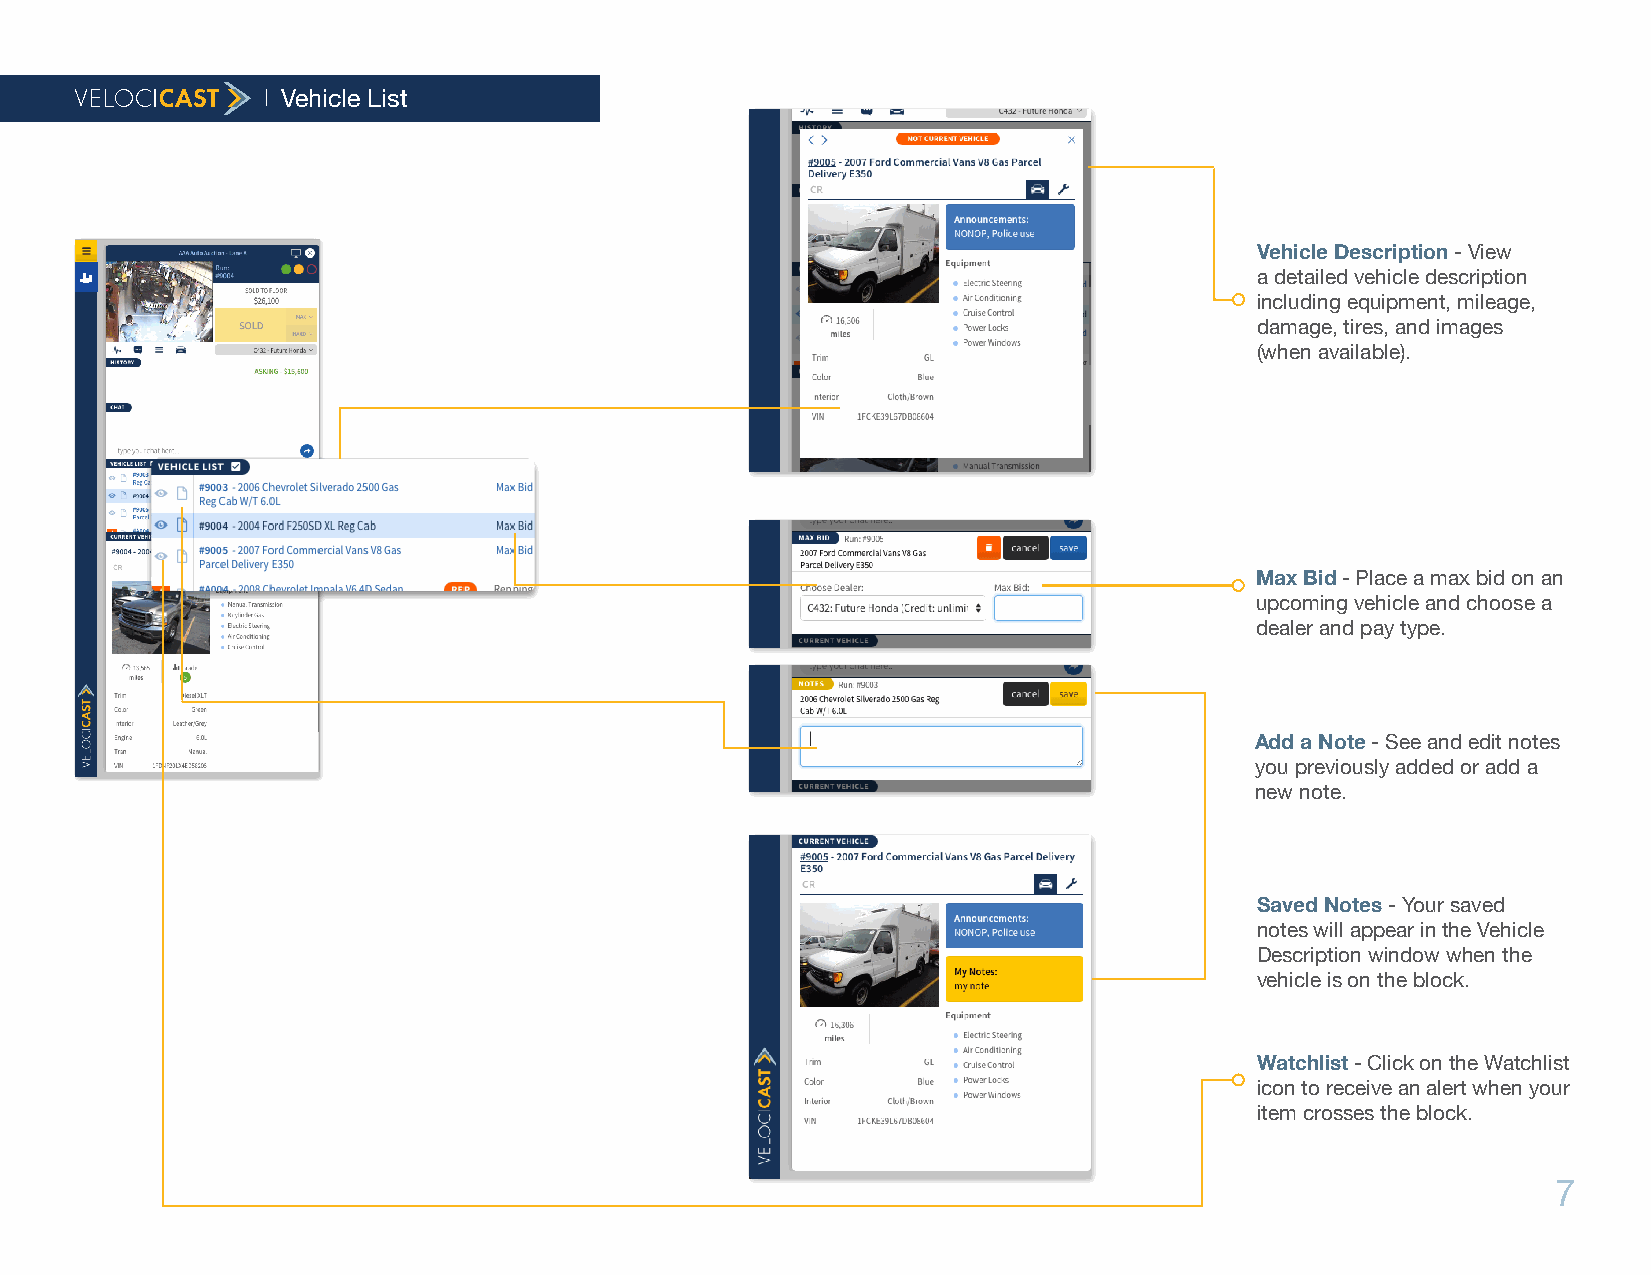
Vehicle List
 Vehicle Description - View
 a detailed vehicle description
 including equipment, mileage,
 damage, tires, and images
 (when available).
 Max Bid - Place a max bid on an
 upcoming vehicle and choose a
 dealer and pay type.
 Add a Note - See and edit notes
 you previously added or add a
 new note.
 Saved Notes - Your saved
 notes will appear in the Vehicle
 Description window when the
 vehicle is on the block.
 Watchlist - Click on the Watchlist
 icon to receive an alert when your
 item crosses the block.
 7